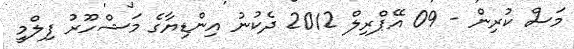
މަސް ކުރިން - 09 އޭޕްރިލް 2012 ދެކުނު އިންޑިޔާގެ މަޝްހޫރު ފިލްމީ